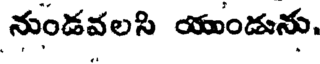
నుండవలసి యుండును,